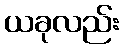
ယခုလည်း